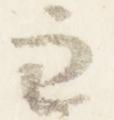
兼